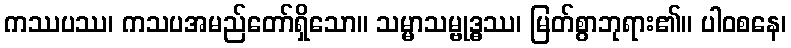
ကဿပဿ၊ ကသပအမည်တော်ရှိသော။ သမ္မာသမ္ဗုဒ္ဓဿ၊ မြတ်စွာဘုရား၏။ ပါဝစနေ၊